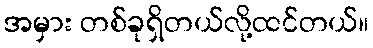
အမှား တစ်ခုရှိတယ်လို့ထင်တယ်။